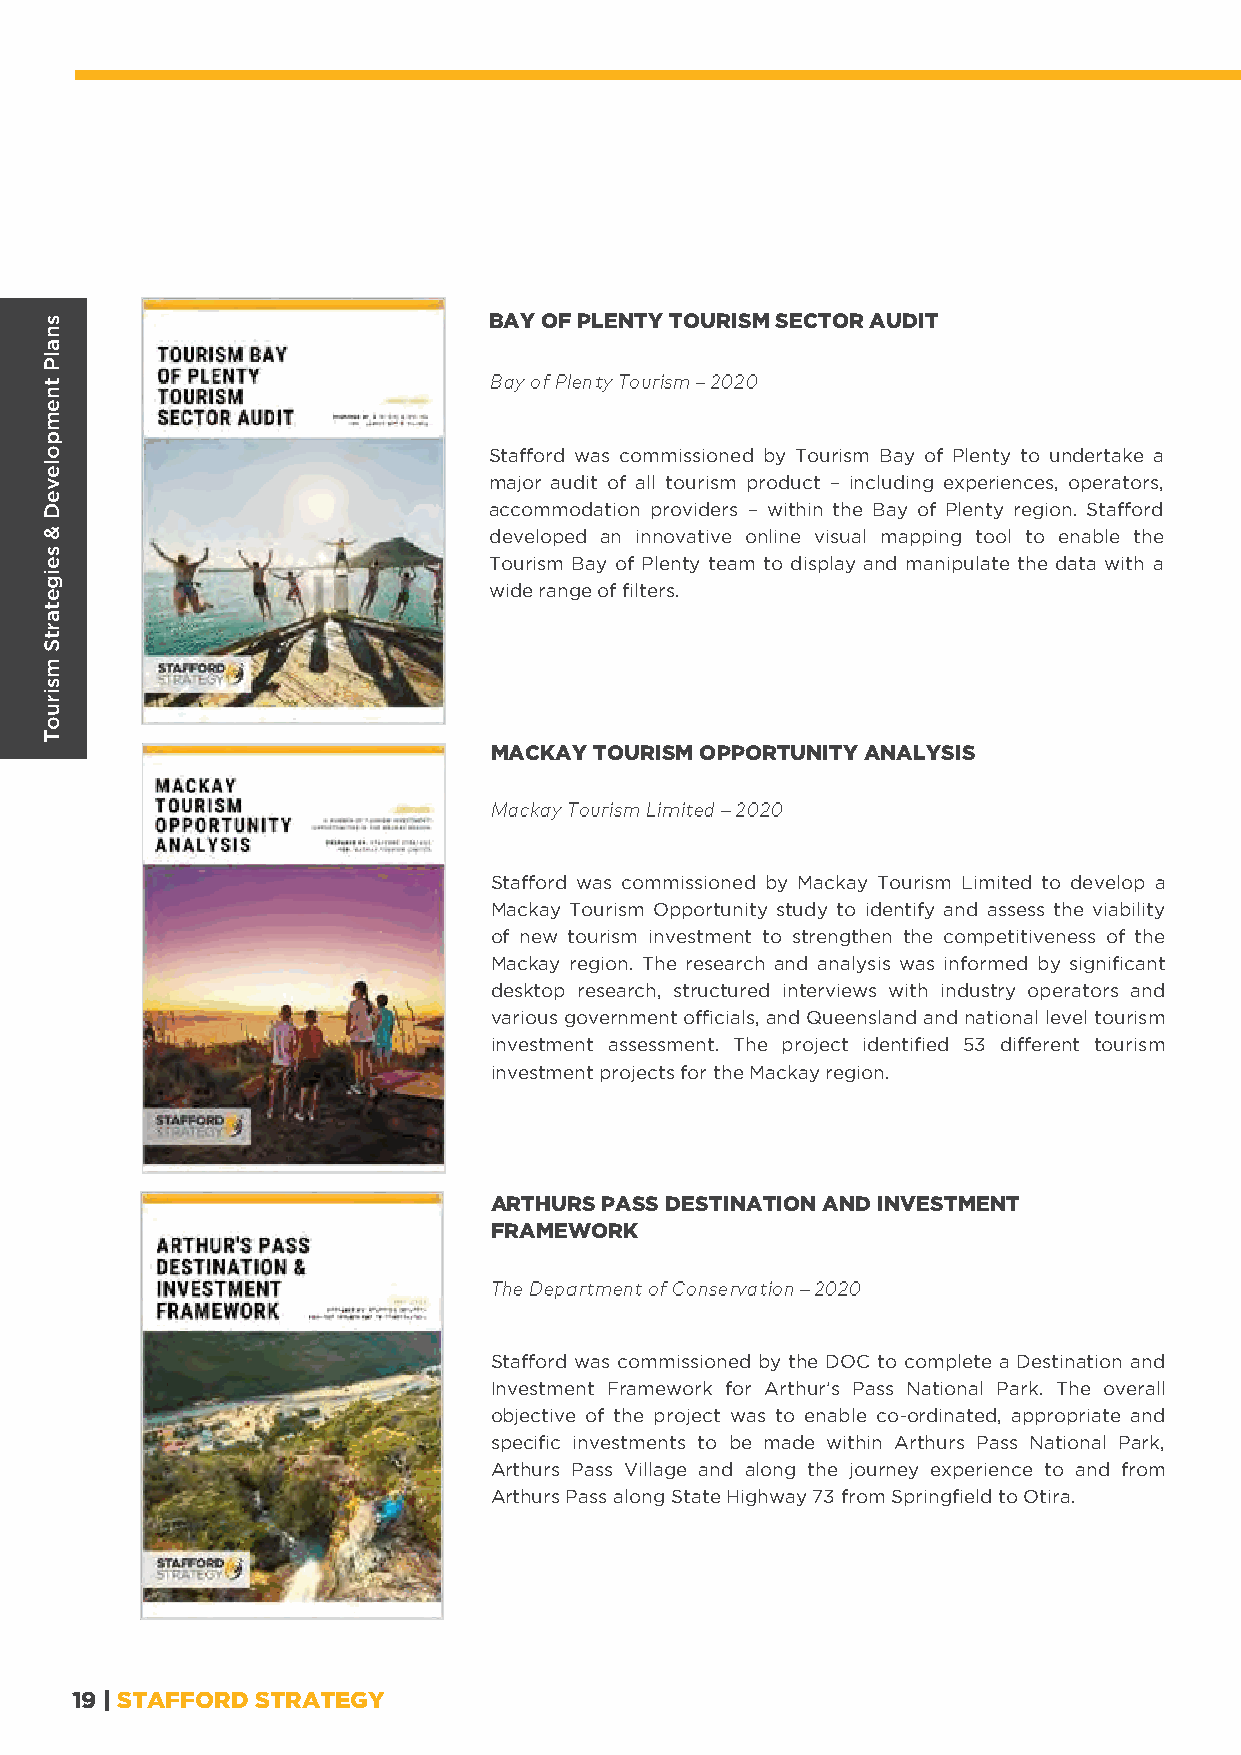
BAY OF PLENTY TOURISM SECTOR AUDIT
 Stafford was commissioned by Tourism Bay of Plenty to undertake a
 major audit of all tourism product – including experiences, operators,
 accommodation providers – within the Bay of Plenty region. Stafford
 developed an innovative online visual mapping tool to enable the
 Tourism Bay of Plenty team to display and manipulate the data with a
 wide range of filters.
 MACKAY TOURISM OPPORTUNITY ANALYSIS
 Stafford was commissioned by Mackay Tourism Limited to develop a
 Mackay Tourism Opportunity study to identify and assess the viability
 of new tourism investment to strengthen the competitiveness of the
 Mackay region. The research and analysis was informed by significant
 desktop research, structured interviews with industry operators and
 various government officials, and Queensland and national level tourism
 investment assessment. The project identified 53 different tourism
 investment projects for the Mackay region.
 ARTHURS PASS DESTINATION AND INVESTMENT
 FRAMEWORK
 Stafford was commissioned by the DOC to complete a Destination and
 Investment Framework for Arthur’s Pass National Park. The overall
 objective of the project was to enable co-ordinated, appropriate and
 specific investments to be made within Arthurs Pass National Park,
 Arthurs Pass Village and along the journey experience to and from
 Arthurs Pass along State Highway 73 from Springfield to Otira.
 19 | STAFFORD STRATEGY
 snalP
 tnempoleveD
 &
 seigetartS
 msiruoT